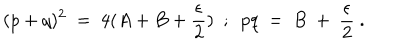
( p + q ) ^ { 2 } ~ = ~ 4 ( A + B + \frac { \epsilon } { 2 } ) ~ ~ ; ~ ~ p q ~ = ~ B ~ + ~ \frac { \epsilon } { 2 } ~ .